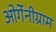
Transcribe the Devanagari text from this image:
ओर्गेनीग्राम